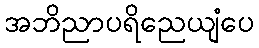
အဘိညာပရိညေယျံပေ